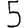
Digit: 5